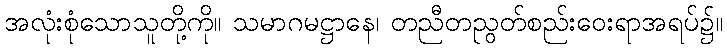
အလုံးစုံသောသူတို့ကို။ သမာဂမဋ္ဌာနေ၊ တညီတညွတ်စည်းဝေးရာအရပ်၌။